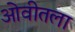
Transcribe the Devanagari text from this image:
ओवीतला